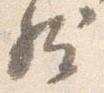
然